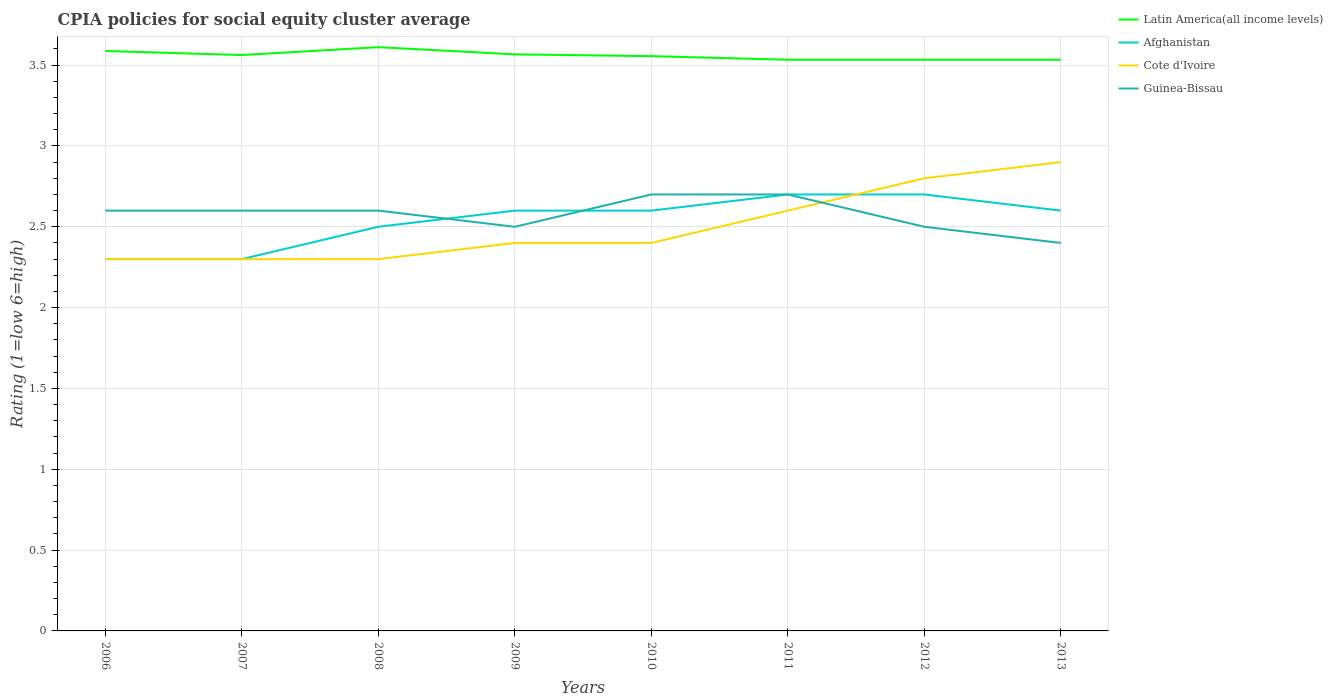
| Years | Latin America(all income levels) | Afghanistan | Cote d'Ivoire | Guinea-Bissau |
 | --- | --- | --- | --- | --- |
 | 2006 | 3.59 | 2.3 | 2.3 | 2.6 |
 | 2007 | 3.56 | 2.3 | 2.3 | 2.6 |
 | 2008 | 3.61 | 2.5 | 2.3 | 2.6 |
 | 2009 | 3.57 | 2.6 | 2.4 | 2.5 |
 | 2010 | 3.56 | 2.6 | 2.4 | 2.7 |
 | 2011 | 3.53 | 2.7 | 2.6 | 2.7 |
 | 2012 | 3.53 | 2.7 | 2.8 | 2.5 |
 | 2013 | 3.53 | 2.6 | 2.9 | 2.4 |